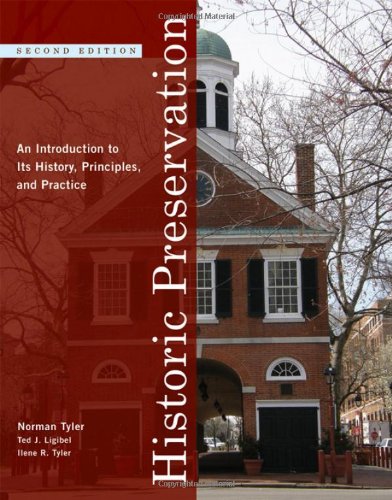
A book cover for Historic Preservation: An Introduction to Its History, Principles, and Practice (Second Edition); Norman Tyler; Arts & Photography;